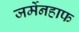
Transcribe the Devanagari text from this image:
जर्मेनहाफ